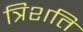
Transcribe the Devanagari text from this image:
त्रिशति